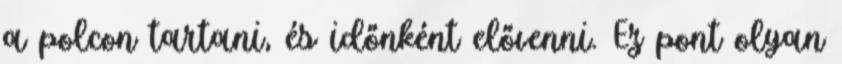
a polcon tartani, és időnként elővenni. Ez pont olyan